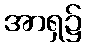
အာရှ၌